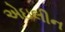
એઇલીન